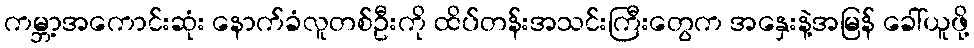
ကမ္ဘာ့အကောင်းဆုံး နောက်ခံလူတစ်ဦးကို ထိပ်တန်းအသင်းကြီးတွေက အနှေးနဲ့အမြန် ခေါ်ယူဖို့